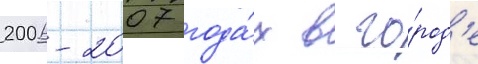
2006-2007 года́х в го́род'е